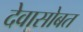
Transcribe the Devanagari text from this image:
देवासोबत